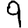
Digit: 9